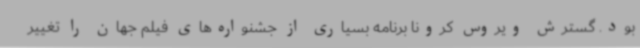
بود. گسترش ویروس کرونا برنامه بسیاری از جشنواره‌های فیلم جهان را تغییر